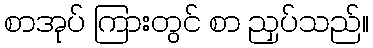
စာအုပ် ကြားတွင် စာ ညှပ်သည်။